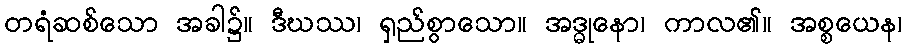
တရံဆစ်သော အခါ၌။ ဒီဃဿ၊ ရှည်စွာသော။ အဒ္ဓုနော၊ ကာလ၏။ အစ္စယေန၊